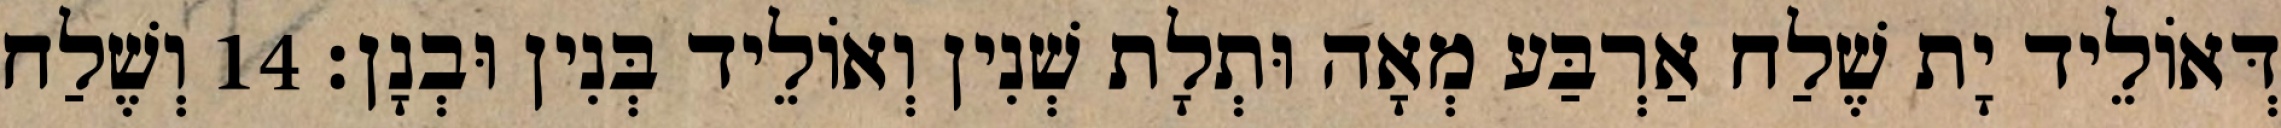
דְּאוֹלֵיד יָת שֶׁלַח אַרְבַּע מְאָה וּתְלָת שְׁנִין וְאוֹלֵיד בְּנִין וּבְנָן׃ 14 וְשֶׁלַח